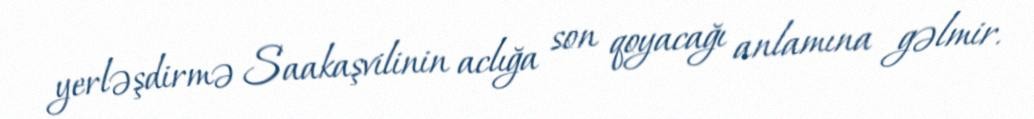
yerləşdirmə Saakaşvilinin aclığa son qoyacağı anlamına gəlmir.